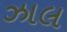
ઝાલ